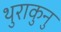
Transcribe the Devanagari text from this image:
थुराकुनु